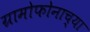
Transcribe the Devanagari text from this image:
ग्रामोफोनाच्या